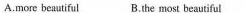
A.more beautiful B.The most beautiful